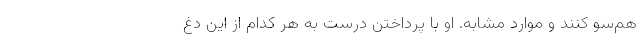
هم‌سو کنند و موارد مشابه. او با پرداختن درست به هر کدام از این دغ